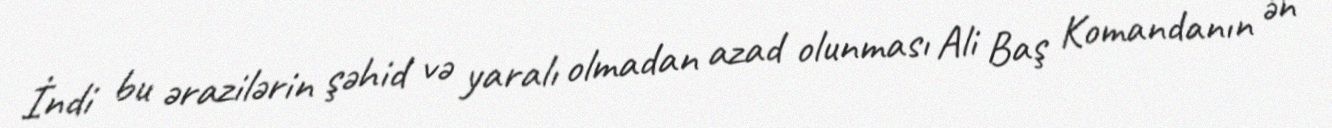
İndi bu ərazilərin şəhid və yaralı olmadan azad olunması Ali Baş Komandanın ən